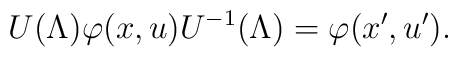
U(\Lambda)\varphi(x,u)U^{-1}(\Lambda)=\varphi(x',u').